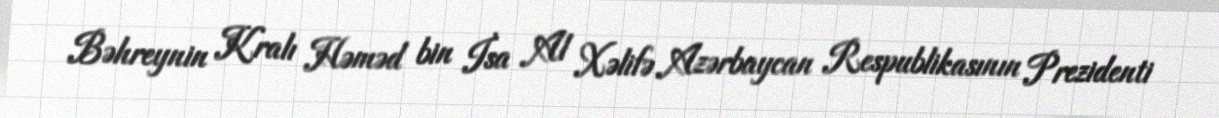
Bəhreynin Kralı Həməd bin İsa Al Xəlifə Azərbaycan Respublikasının Prezidenti